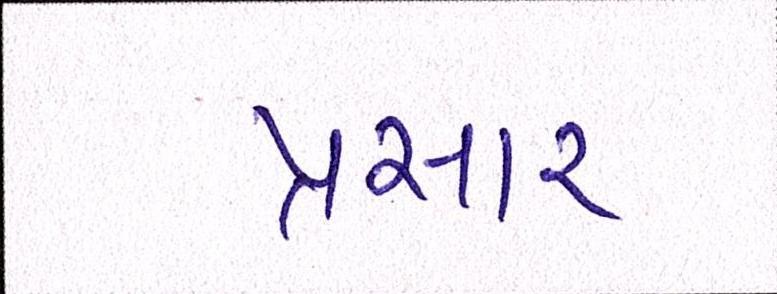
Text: પ્રસાર